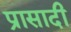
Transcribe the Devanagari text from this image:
प्रासादी